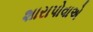
શારાપોવાએ